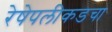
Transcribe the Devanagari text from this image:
रेषेपलीकडचा